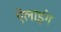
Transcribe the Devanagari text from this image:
ऐलाइंग